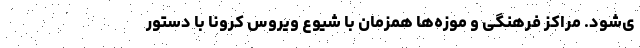
ی‌شود. مراکز فرهنگی و موزه‌ها همزمان با شیوع ویروس کرونا با دستور